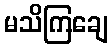
မသိကြချေ